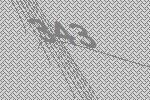
343